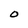
Character: O